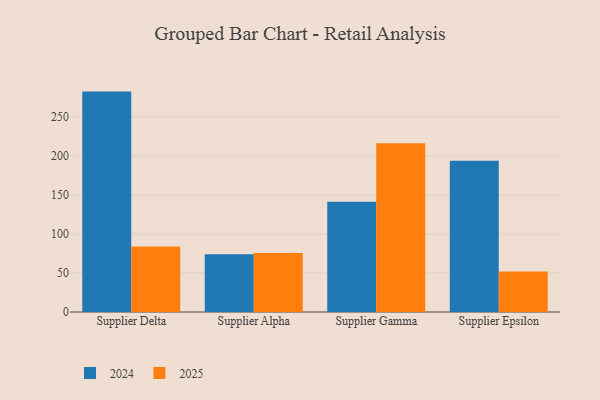
{"axis": {"x": "Supplier", "y": "Headcount"}, "legend": ["2024", "2025"], "data": [{"x": "Supplier Delta", "y": 84.0, "type": "2025"}, {"x": "Supplier Delta", "y": 282.3, "type": "2024"}, {"x": "Supplier Alpha", "y": 75.7, "type": "2025"}, {"x": "Supplier Alpha", "y": 74.0, "type": "2024"}, {"x": "Supplier Gamma", "y": 216.0, "type": "2025"}, {"x": "Supplier Gamma", "y": 141.3, "type": "2024"}, {"x": "Supplier Epsilon", "y": 52.0, "type": "2025"}, {"x": "Supplier Epsilon", "y": 193.6, "type": "2024"}]}